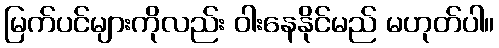
မြက်ပင်များကိုလည်း ဝါးနေနိုင်မည် မဟုတ်ပါ။